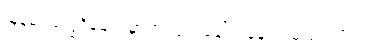
မြန်မာပြက္ခဒိန်များမှာ လပြည့်ခေါ်တဲ့နေ့ လမပြည့်ဘူး။